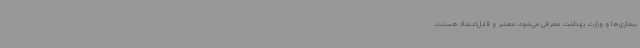
بیماری‌ها و وزارت بهداشت معرفی می‌شود، معتبر و قابل‌اعتماد هستند،